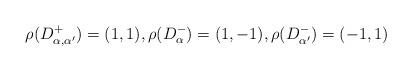
LaTeX: \begin{align*} \rho(D^+_{\alpha, \alpha'}) = ( 1, 1 ), \rho(D^-_\alpha) = ( 1, -1 ), \rho(D^-_{\alpha'}) = ( -1, 1) \end{align*}